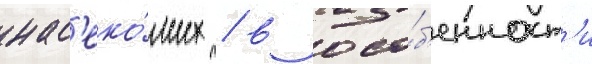
нас'еко́мых / в осо́б'енност'и